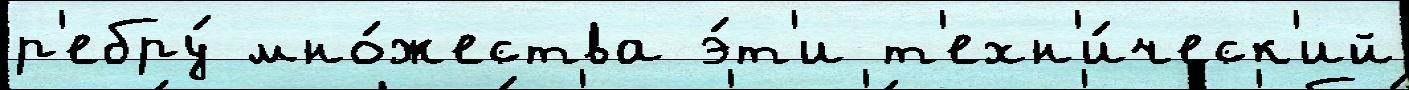
р'ебру́ мно́жества э́т'и т'ехн'и́ческ'ий